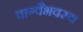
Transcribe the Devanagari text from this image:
वाग्वैभवस्य